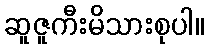
ဆူဇူကီးမိသားစုပါ။